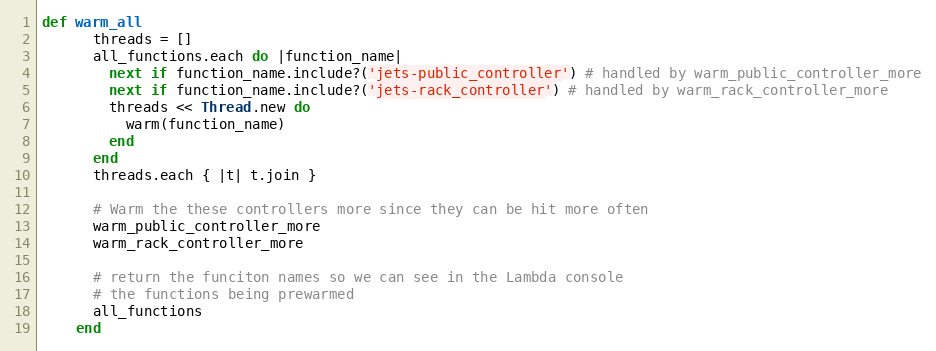
Language: Ruby
def warm_all
      threads = []
      all_functions.each do |function_name|
        next if function_name.include?('jets-public_controller') # handled by warm_public_controller_more
        next if function_name.include?('jets-rack_controller') # handled by warm_rack_controller_more
        threads << Thread.new do
          warm(function_name)
        end
      end
      threads.each { |t| t.join }

      # Warm the these controllers more since they can be hit more often
      warm_public_controller_more
      warm_rack_controller_more

      # return the funciton names so we can see in the Lambda console
      # the functions being prewarmed
      all_functions
    end